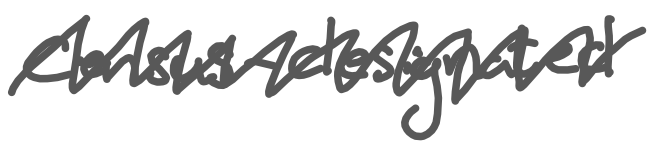
Text: census-designated
Cross-out: zig-zag
Writing tool: digital_gray